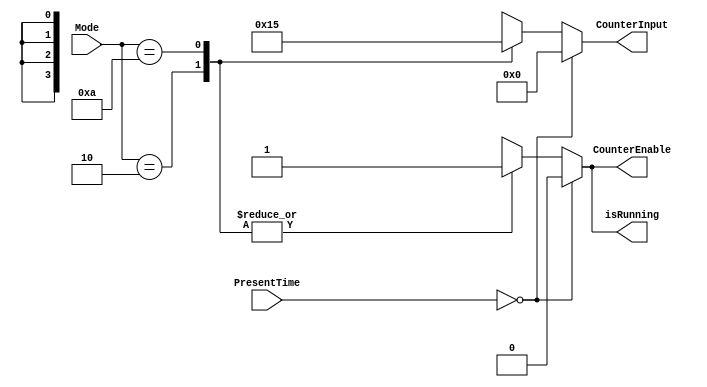
module Controller(Mode, PresentTime, CounterInput, CounterEnable, isRunning);

	input wire [3:0]Mode;
	input wire [11:0]PresentTime;
	output reg [3:0]CounterInput;
	output reg CounterEnable, isRunning;
	
	always@(*)
		begin
			if(PresentTime == 12'd0)
				begin
					CounterEnable = 1'b0;
					isRunning = 1'b0;
					CounterInput = 4'd0;
				end
			else
				begin
					case(Mode)
							4'b0010 : begin
											CounterEnable = 1'b1;
											isRunning = 1'b1;
											CounterInput = 4'd1;
										 end
							4'b1010 : begin
											CounterEnable = 1'b1;
											isRunning = 1'b1;
											CounterInput = 4'd5;
										 end
							default : begin
											CounterEnable = 1'bx;
											isRunning = 1'bx;
											CounterInput = 4'dx;
										 end
					endcase
				end
			
		end

endmodule